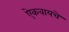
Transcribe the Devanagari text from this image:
ऐकवायचे